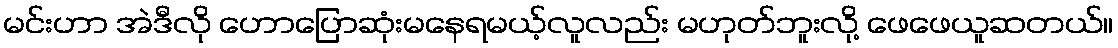
မင်းဟာ အဲဒီလို ဟောပြောဆုံးမနေရမယ့်လူလည်း မဟုတ်ဘူးလို့ ဖေဖေယူဆတယ်။